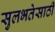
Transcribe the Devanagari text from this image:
सुलभतेसाठी